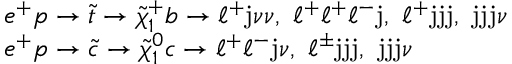
\begin{array} { l } { { e ^ { + } p \rightarrow \tilde { t } \rightarrow \tilde { \chi } _ { 1 } ^ { + } b \rightarrow \ell ^ { + } \mathrm { j } \nu \nu , ~ \ell ^ { + } \ell ^ { + } \ell ^ { - } \mathrm { j } , ~ \ell ^ { + } \mathrm { j j j } , ~ \mathrm { j j j } \nu } } \\ { { e ^ { + } p \rightarrow \tilde { c } \rightarrow \tilde { \chi } _ { 1 } ^ { 0 } c \rightarrow \ell ^ { + } \ell ^ { - } \mathrm { j } \nu , ~ \ell ^ { \pm } \mathrm { j j j } , ~ \mathrm { j j j } \nu } } \end{array}